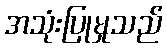
အသုံးပြုမှုသည်